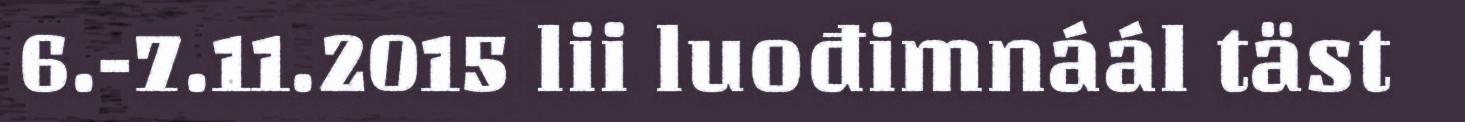
6.-7.11.2015 lii luođimnáál täst